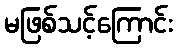
မဖြစ်သင့်ကြောင်း